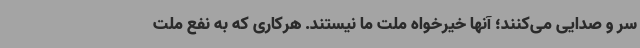
سر و صدایی می‌کنند؛ آنها خیرخواه ملت ما نیستند. هرکاری که به نفع ملت